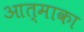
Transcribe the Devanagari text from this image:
आत्माका